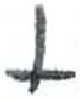
אות: י